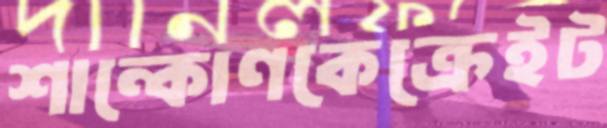
শান্কোণকেক্রেইট